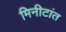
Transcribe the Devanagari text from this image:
मिनीटांत